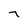
Character: 7